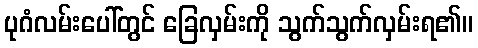
ပုဂံလမ်းပေါ်တွင် ခြေလှမ်းကို သွက်သွက်လှမ်းရ၏။